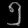
Digit: ၅